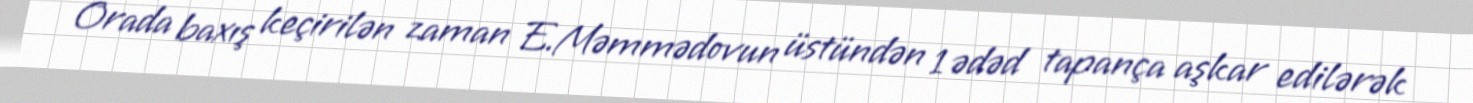
Orada baxış keçirilən zaman E.Məmmədovun üstündən 1 ədəd tapança aşkar edilərək